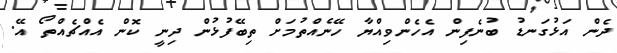
ދެން އަޅުގަނޑު ބުނެފިން އެހެންވިއްޔާ ހޭނެއްތުމަށް ތިބޭފުޅުން ދިނީ ކޮން އެއްޗެއްތޯ އޭ.